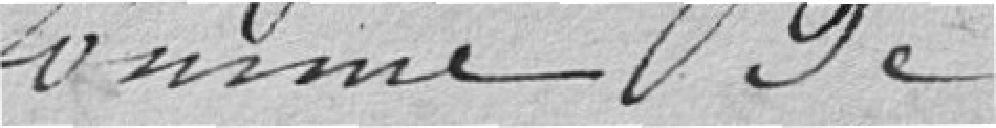
Somme de